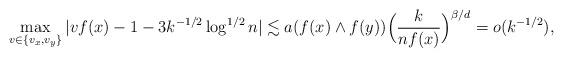
LaTeX: \begin{align*}\max_{v \in \{v_x,v_y\}} |vf(x)-1- 3 k^{-1/2} \log^{1/2} n| \lesssim a(f(x) \wedge f(y)) \Bigl( \frac{k}{nf(x)} \Bigr)^{\beta/d} = o(k^{-1/2}),\end{align*}